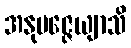
အနုမဇ္ဇေယျာသိ